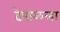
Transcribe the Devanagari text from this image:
ढेपाळला